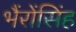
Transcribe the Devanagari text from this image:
भैंरोंसिंह